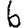
Digit: 6